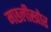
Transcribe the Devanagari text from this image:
मछलीखोर